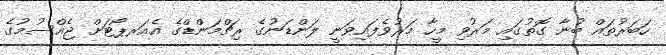
ހަބަރުތައް ބުނާ ގޮތުގައި މަރުވި މީހާ މަރުވެފައިވަނީ ލަންޑަނުގެ ރިޗްމަންޑްގެ އެއަރޕޯޓަށް ޖެއްސުމުގެ